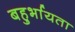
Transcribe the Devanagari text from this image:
बहुर्भायता